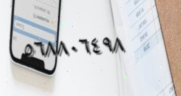
٥٦٨٨٠٦٤٩٨